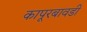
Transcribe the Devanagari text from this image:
कापूरबावडी